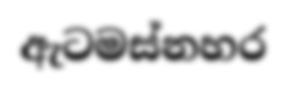
ඇටමස්නහර